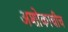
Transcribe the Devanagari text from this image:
अशोकाचीच